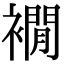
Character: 襉